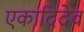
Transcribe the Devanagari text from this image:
एकादिदेव